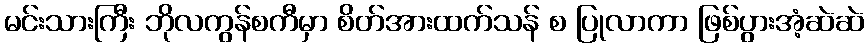
မင်းသားကြီး ဘိုလကွန်စကီမှာ စိတ်အားထက်သန် စ ပြုလာကာ ဖြစ်ပွားအံ့ဆဲဆဲ